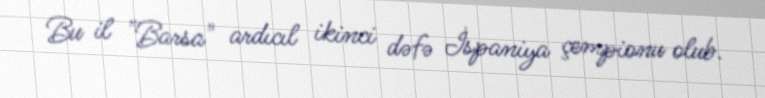
Bu il "Barsa" ardıcıl ikinci dəfə İspaniya çempionu olub.